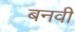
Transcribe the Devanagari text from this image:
बनवी